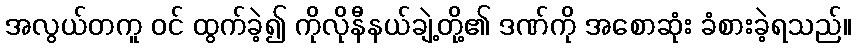
အလွယ်တကူ ဝင် ထွက်ခဲ့၍ ကိုလိုနီနယ်ချဲ့တို့၏ ဒဏ်ကို အစောဆုံး ခံစားခဲ့ရသည်။